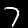
Digit: 7